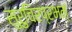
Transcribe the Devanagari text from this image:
सुरुचिरप्रभम्